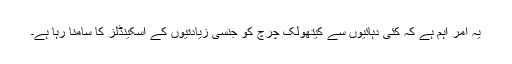
یہ امر اہم ہے کہ کئی دہائیوں سے کیتھولک چرچ کو جنسی زیادتیوں کے اسکینڈلز کا سامنا رہا ہے۔